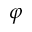
\varphi